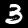
Digit: 3